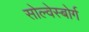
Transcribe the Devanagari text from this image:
सोल्वेस्बोर्ग